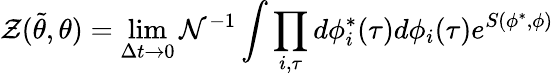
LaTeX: {}\mathcal{Z}(\tilde{\theta},\theta)=\operatorname*{lim}_{\Delta t\rightarrow 0}\mathcal{N}^{-1}\int\prod_{i,\tau}d\phi_{i}^{*}(\tau)d\phi_{i}(\tau)e^{S\left(\phi^{*},\phi\right)}